Calcutta medical institutions reports 1871-78
Year: 1871
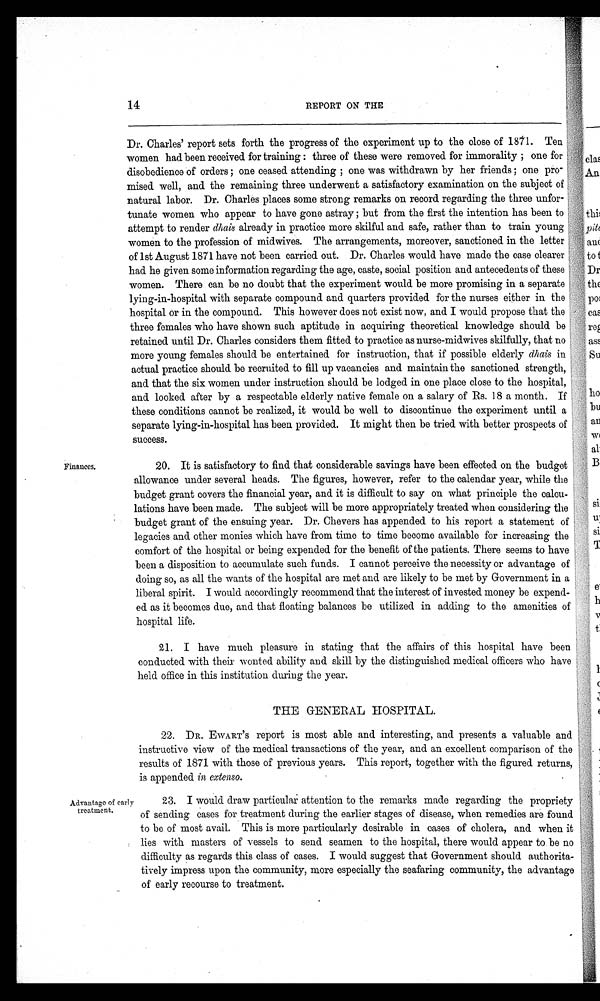
14
REPORT ON THE
Finances.
Dr. Charles' report sets forth the progress of the experiment up to the close of 1871. Ten
women had been received for training : three of these were removed for immorality ; one for
disobedience of orders ; one ceased attending ; one was withdrawn by her friends ; one pro -
mised well, and the remaining three underwent a satisfactory examination on the subject of
natural labor. Dr. Charles places some strong remarks on record regarding the three unfor-
tunate women who appear to have gone astray ; but from the first the intention has been to
attempt to render dhais already in practice more skilful and safe, rather than to train young
women to the profession of midwives. The arrangements, moreover, sanctioned in the letter
of 1st August 1871 have not been carried out. Dr. Charles would have made the case clearer
had he given some information regarding the age, caste, social position and antecedents of these
women. There can be no doubt that the experiment would be more promising in a separate
lying-in-hospital with separate compound and quarters provided for the nurses either in the
hospital or in the compound. This however does not exist now, and I would propose that the
three females who have shown such aptitude in acquiring theoretical knowledge should be
retained until Dr. Charles considers them fitted to practice as nurse-midwives skilfully, that no
more young females should be entertained for instruction, that if possible elderly dhais in
actual practice should be recruited to fill up vacancies and maintain the sanctioned strength,
and that the six women under instruction should be lodged in one place close to the hospital,
and looked after by a respectable elderly native female on a salary of Rs. 18 a month. If
these conditions cannot be realized, it would be well to discontinue the experiment until a
separate lying-in-hospital has been provided. It might then be tried with better prospects of
success.
20. It is satisfactory to find that considerable savings have been effected on the budget
allowance under several heads. The figures, however, refer to the calendar year, while the
budget grant covers the financial year, and it is difficult to say on what principle the calcu-
lations have been made. The subject will be more appropriately treated when considering the
budget grant of the ensuing year. Dr. Chevers has appended to his report a statement of
legacies and other monies which have from time to time become available for increasing the
comfort of the hospital or being expended for the benefit of the patients. There seems to have
been a disposition to accumulate such funds. I cannot perceive the necessity or advantage of
doing so, as all the wants of the hospital are met and are likely to be met by Government in a
liberal spirit. I would accordingly recommend that the interest of invested money be expend-
ed as it becomes due, and that floating balances be utilized in adding to the amenities of
hospital life.
21. I have much pleasure in stating that the affairs of this hospital have been
conducted with their wonted ability and skill by the distinguished medical officers who have
held office in this institution during the year.
THE GENERAL HOSPITAL.
22.
DR. EWART's report is most able and interesting, and presents a valuable and
instructive view of the medical transactions of the year, and an excellent comparison of the
results of 1871 with those of previous years. This report, together with the figured returns,
is appended in extenso .
Advantage of early
treatment.
23. I would draw particular attention to the remarks made regarding the propriety
of sending cases for treatment during the earlier stages of disease, when remedies are found
to be of most avail. This is more particularly desirable in cases of cholera, and when it
lies with masters of vessels to send seamen to the hospital, there would appear to be no
difficulty as regards this class of cases. I would suggest that Government should authorita-
tively impress upon the community, more especially the seafaring community, the advantage
of early recourse to treatment.